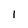
Character: 1